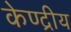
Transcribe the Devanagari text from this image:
केण्द्रीय